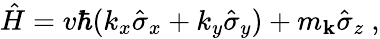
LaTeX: \hat{H}=v\hbar(k_{x}\hat{\sigma}_{x}+k_{y}\hat{\sigma}_{y})+m_{\mathbf{k}}\hat{\sigma}_{z}\ ,